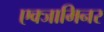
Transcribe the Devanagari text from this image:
एक्‍जामिनर